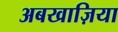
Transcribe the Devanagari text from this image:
अबखाज़िया